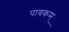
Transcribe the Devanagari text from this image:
पावकम्